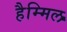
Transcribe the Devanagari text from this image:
हैम्मिल